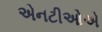
એનટીઓએ